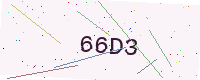
Text: 66D3